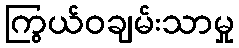
ကြွယ်ဝချမ်းသာမှု